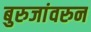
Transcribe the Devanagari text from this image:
बुरुजांवरुन